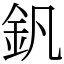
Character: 釩